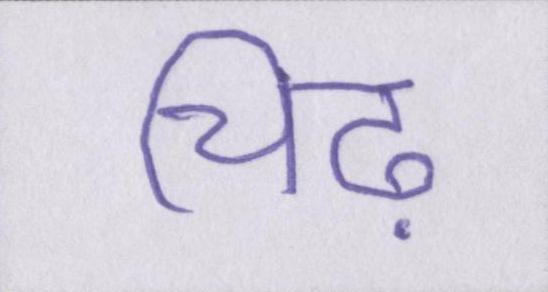
चिढ़